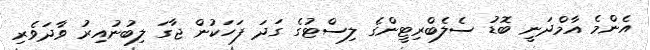
އެންމެ އާމްދަނީ ބޮޑު ސެލެބްރިޓީންގެ ލިސްޓުގެ ގަދަ ފަހަކުން ޖާގަ ލިބުނުއިރު ވާދަވެރި